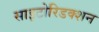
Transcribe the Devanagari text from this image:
साइटोरिडक्शन